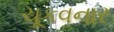
ચૂકવનાર